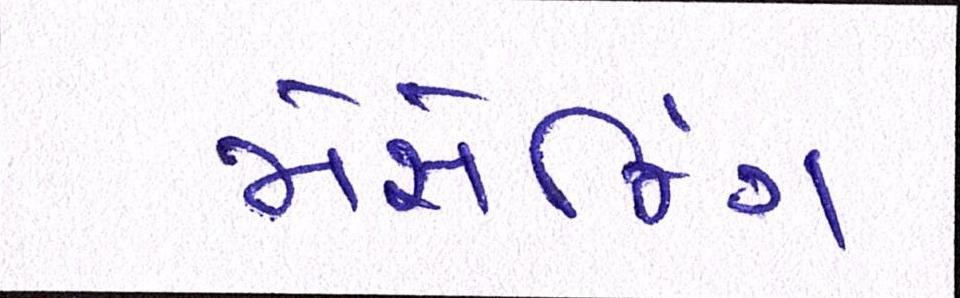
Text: મેસેજિંગ